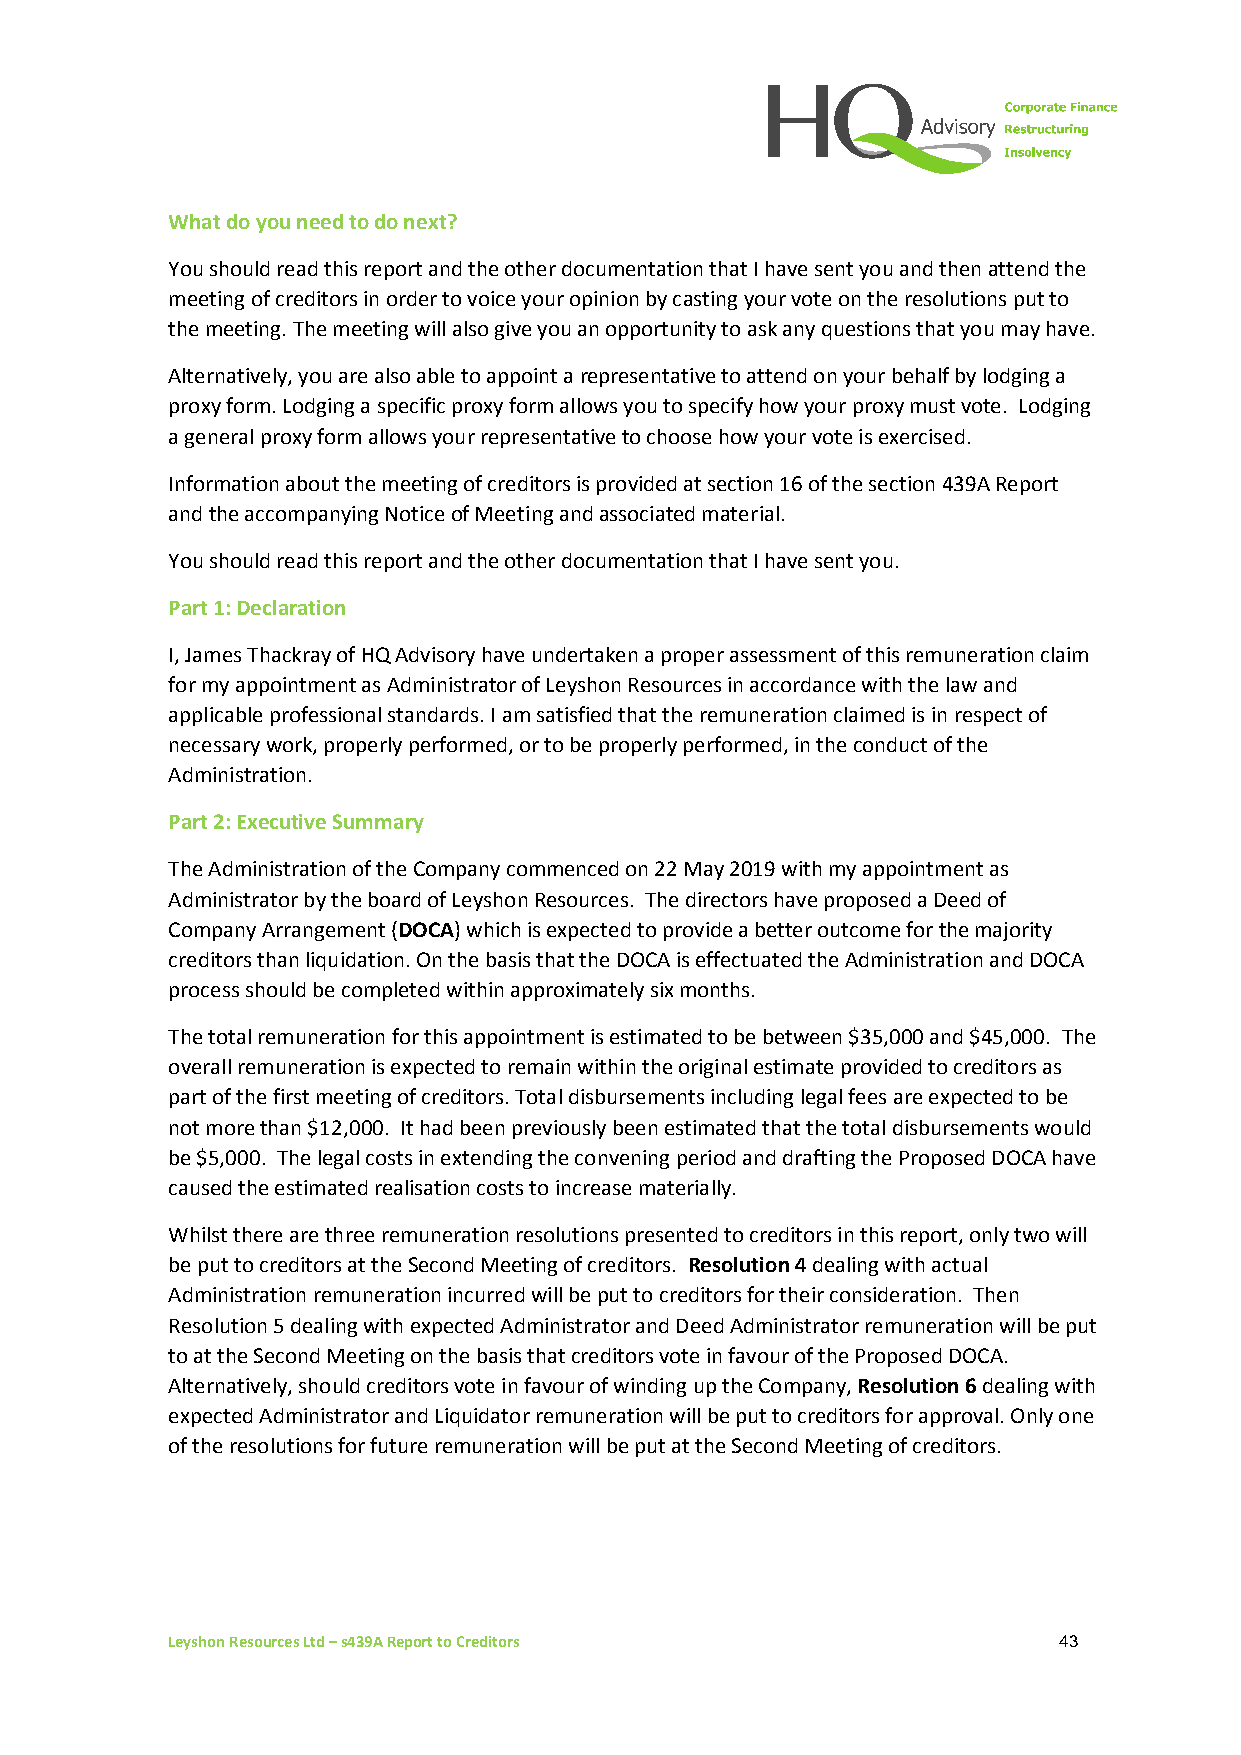
What do you need to do next?
 You should read this report and the other documentation that I have sent you and then attend the
 meeting of creditors in order to voice your opinion by casting your vote on the resolutions put to
 the meeting. The meeting will also give you an opportunity to ask any questions that you may have.
 Alternatively, you are also able to appoint a representative to attend on your behalf by lodging a
 proxy form. Lodging a specific proxy form allows you to specify how your proxy must vote. Lodging
 a general proxy form allows your representative to choose how your vote is exercised.
 Information about the meeting of creditors is provided at section 16 of the section 439A Report
 and the accompanying Notice of Meeting and associated material.
 You should read this report and the other documentation that I have sent you.
 Part 1: Declaration
 I, James Thackray of HQ Advisory have undertaken a proper assessment of this remuneration claim
 for my appointment as Administrator of Leyshon Resources in accordance with the law and
 applicable professional standards. I am satisfied that the remuneration claimed is in respect of
 necessary work, properly performed, or to be properly performed, in the conduct of the
 Administration.
 Part 2: Executive Summary
 The Administration of the Company commenced on 22 May 2019 with my appointment as
 Administrator by the board of Leyshon Resources. The directors have proposed a Deed of
 Company Arrangement (DOCA) which is expected to provide a better outcome for the majority
 creditors than liquidation. On the basis that the DOCA is effectuated the Administration and DOCA
 process should be completed within approximately six months.
 The total remuneration for this appointment is estimated to be between $35,000 and $45,000. The
 overall remuneration is expected to remain within the original estimate provided to creditors as
 part of the first meeting of creditors. Total disbursements including legal fees are expected to be
 not more than $12,000. It had been previously been estimated that the total disbursements would
 be $5,000. The legal costs in extending the convening period and drafting the Proposed DOCA have
 caused the estimated realisation costs to increase materially.
 Whilst there are three remuneration resolutions presented to creditors in this report, only two will
 be put to creditors at the Second Meeting of creditors. Resolution 4 dealing with actual
 Administration remuneration incurred will be put to creditors for their consideration. Then
 Resolution 5 dealing with expected Administrator and Deed Administrator remuneration will be put
 to at the Second Meeting on the basis that creditors vote in favour of the Proposed DOCA.
 Alternatively, should creditors vote in favour of winding up the Company, Resolution 6 dealing with
 expected Administrator and Liquidator remuneration will be put to creditors for approval. Only one
 of the resolutions for future remuneration will be put at the Second Meeting of creditors.
 Leyshon Resources Ltd – s439A Report to Creditors          43